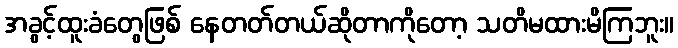
အခွင့်ထူးခံတွေဖြစ် နေတတ်တယ်ဆိုတာကိုတော့ သတိမထားမိကြဘူး။